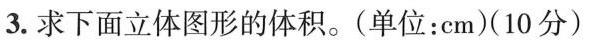
3.求下面立体图形的体积。